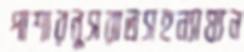
পাশারনুসরাতসহন্যায্যন